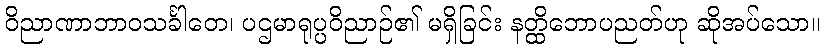
ဝိညာဏာဘာဝသင်္ခါတေ၊ ပဌမာရုပ္ပဝိညာဉ်၏ မရှိခြင်း နတ္ထိဘောပညတ်ဟု ဆိုအပ်သော။